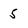
Character: 5